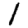
Digit: 1